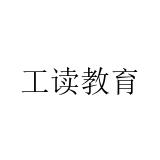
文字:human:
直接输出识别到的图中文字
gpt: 工读教育